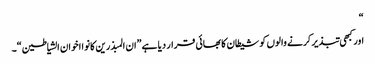
“
اور کبھی تبذیر کرنے والوں کو شیطان کا بھائی قرار دیا ہے”ان المبذرین کانوا اخوان الشیاطین“۔